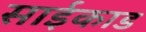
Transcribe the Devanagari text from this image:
साईकाड